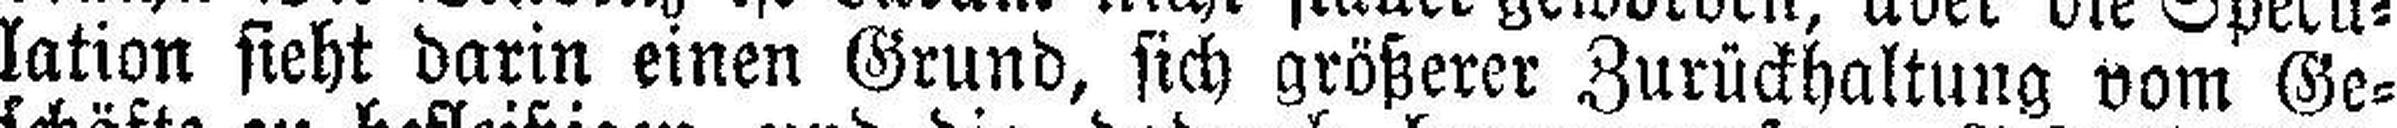
lation sieht darin einen Grund, sich größerer Zurückhaltung vom Ge¬